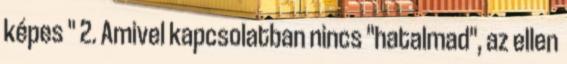
képes " 2. Amivel kapcsolatban nincs "hatalmad", az ellen